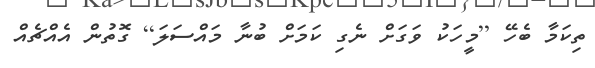
ތިކަމާ ބެހޭ [މީހަކު ވަގަށް ނެގި ކަމަށް ބުނާ މައްސަލަ] ގޮތުން އެއްޗެއް